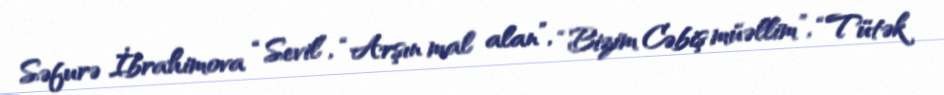
Səfurə İbrahimova “Sevil”, “Arşın mal alan”, “Bizim Cəbiş müəllim”, “Tütək